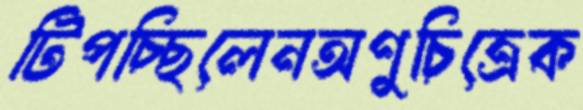
টিপচ্ছিলেনঅণুচিত্রেক